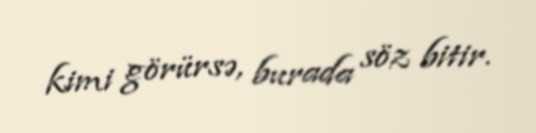
kimi görürsə, burada söz bitir.